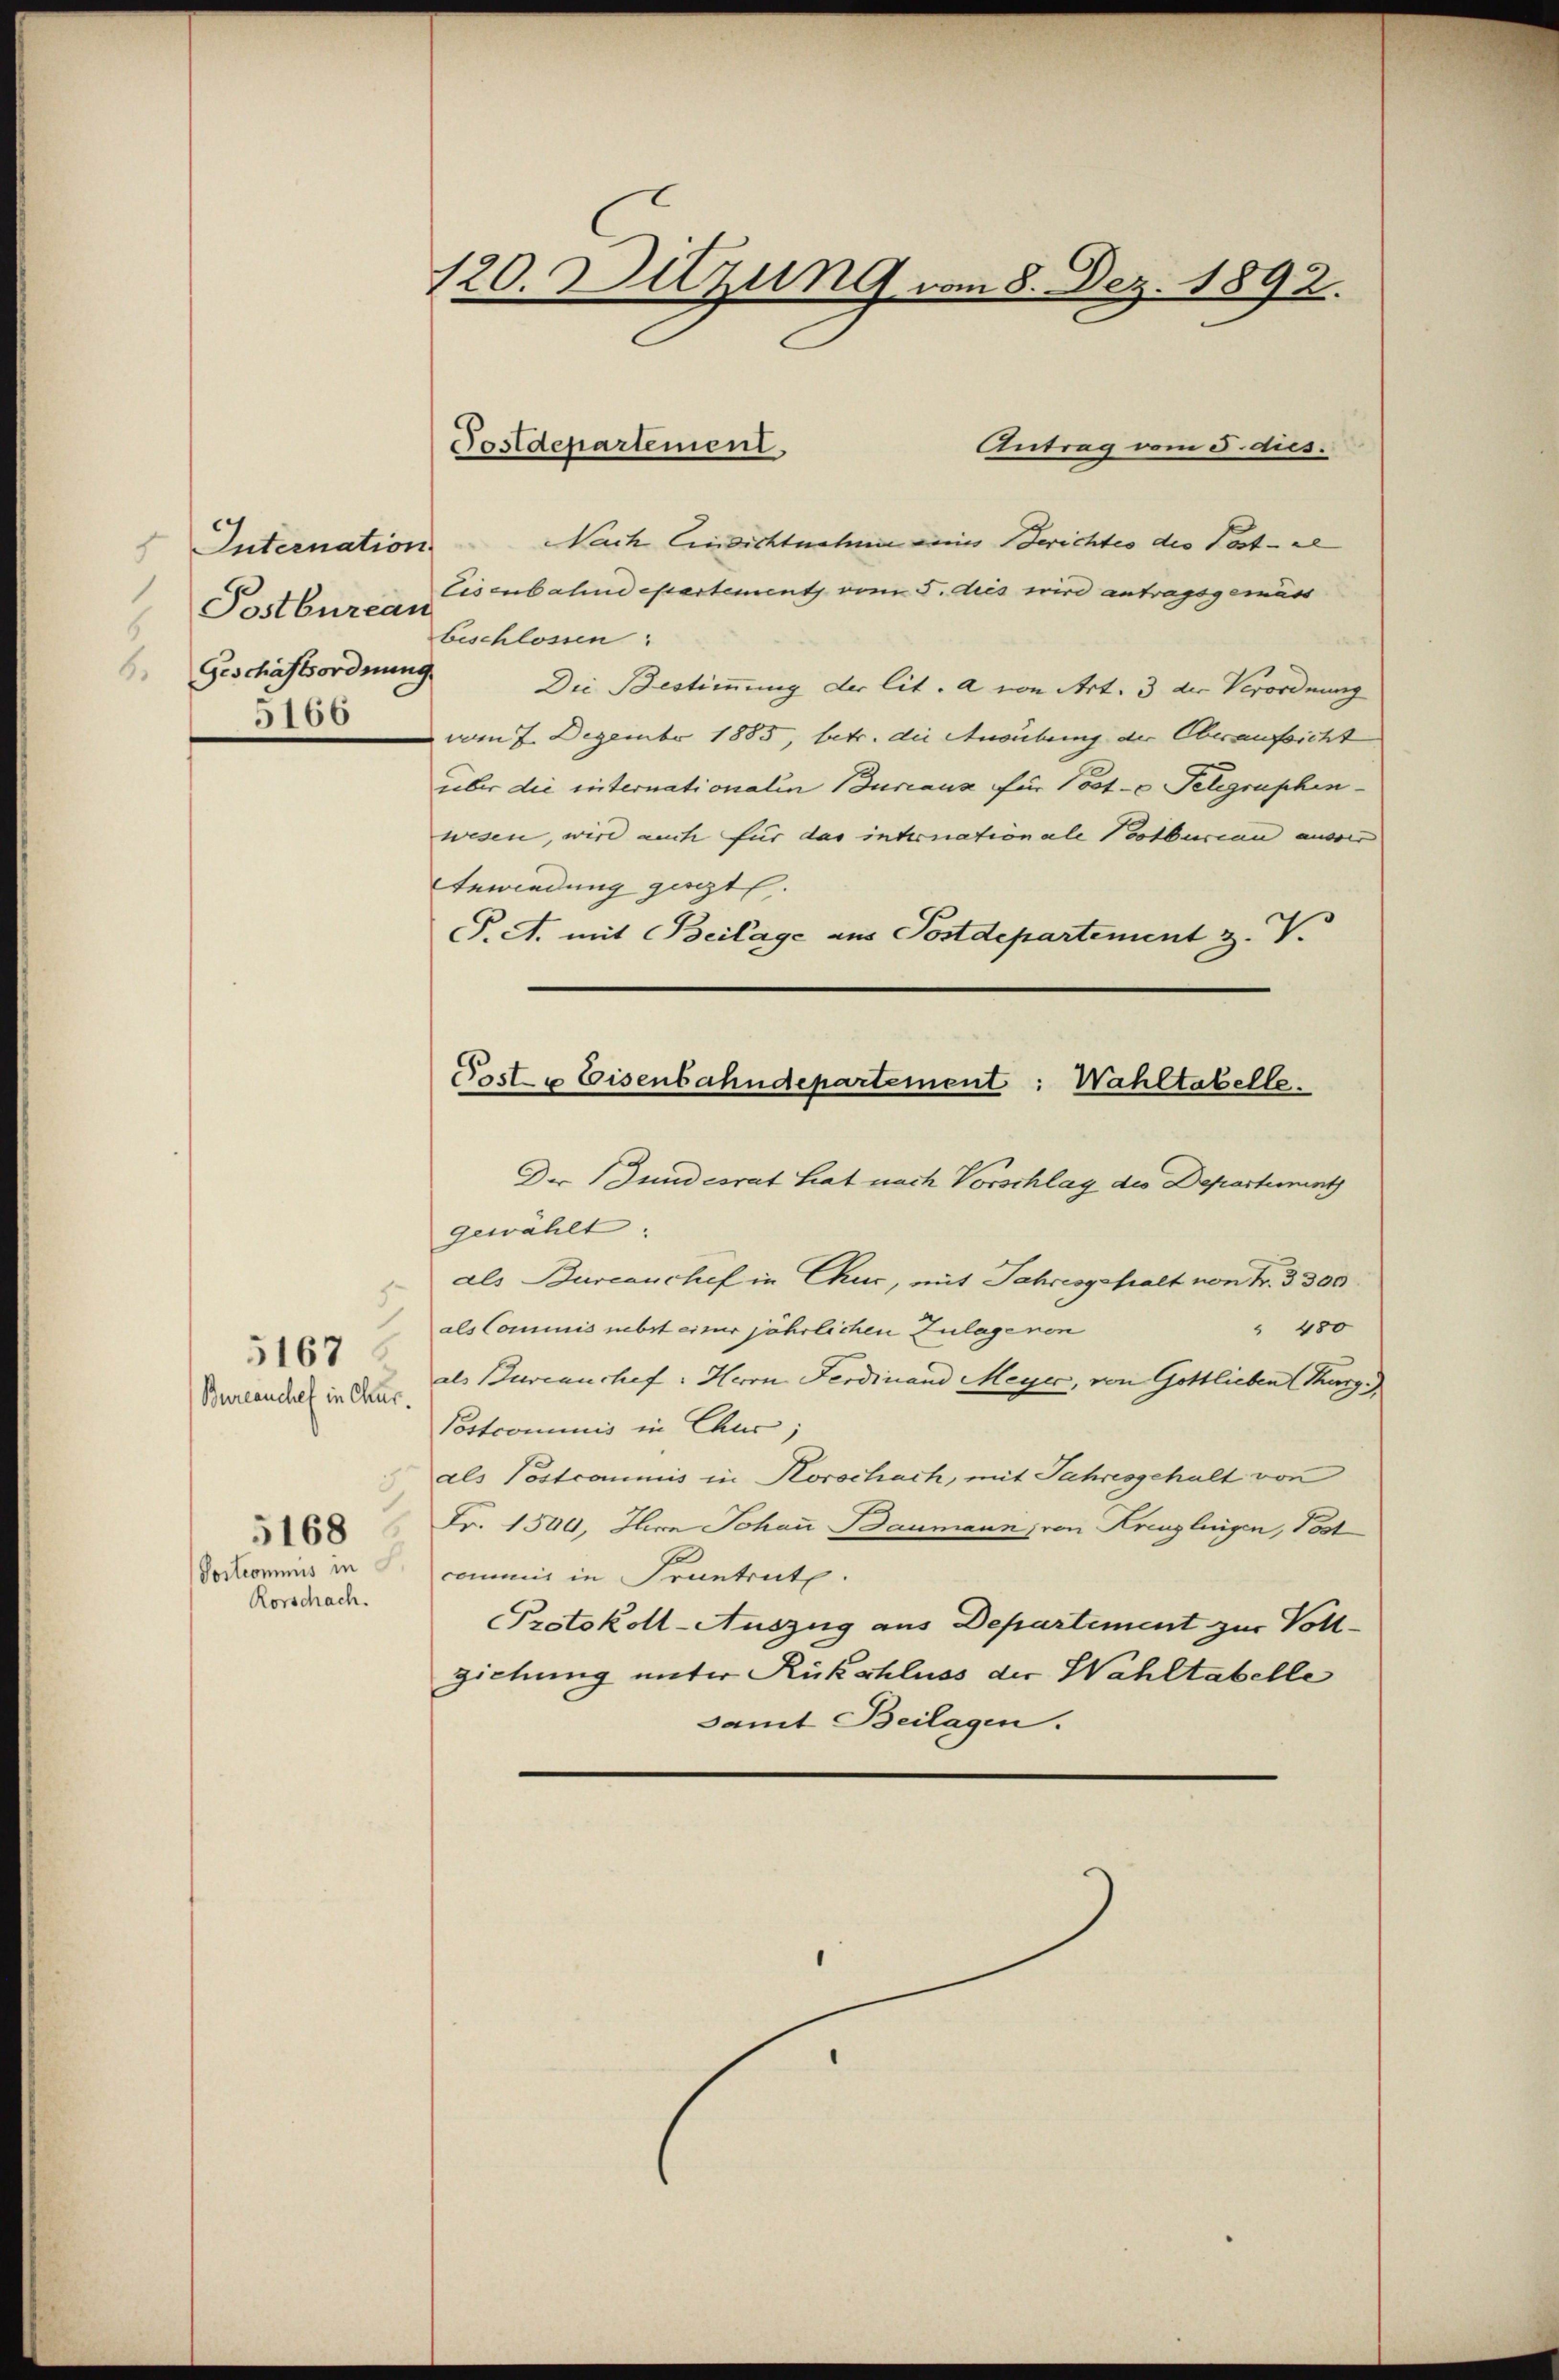
Internation
Postburcar Eschlossen:
Geschäftsordnung
6.
5166

5.
Bureauchel in Chur
3)
5168
Postcommis in
Rorschach.

5167

Antrag vom 5. dies.
Nach Einsichtnahme eines Berichtes des Postel
Eisenbahndepartement vom 5. dies wird antragsgemäss
Die Bestimmung der lit. a von Art. 3 der Verordnung
vom 7. Dezember 1885, betr. die Ausübung der Oberaufsicht
über die internationalen Bureaux für Post- u Telegraphenwesen, wird auch für das intronationale Pootbureau ausser
Anwindung geret.
P.A. mit Beilage aus Postdepartement z. V.

120. Sitzung vom 8. Dez. 1892.

Postdepartement.

Poste Eisenbahndepartement: Wahltabellen

Der Bundesrat hat nach Vorschlag des Departement
gewählt.
als Burcanchef in Chur, mit Jahresgehalt von Fr. 3 300
" 480
als Commis nebst einer jährlichen Zulagenen
als Bureanchef. Herrn Ferdinand Meyer, von Gottlieben Thurg
Postcommis in Chur;
als Postcommis in Korschach, mit Jahresgehalt von
Fr. 1500, Ihre Johann Baumann, von Kreuzlingen, Post
commis in Frantrete.
Protokoll-Auszug aus Departement zur Voll-
ziehung unter Rückschluss der Wahltabelle
samt Beilagen.